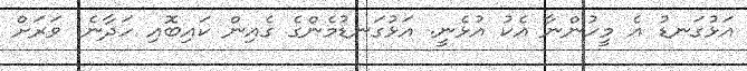
އަޅުގަނޑު އެ މީހުންނާ އެކު އުޅެނީ. އަޅުގަނޑުމެންގެ ގެއިން ކައިބޮއި ހަދާނެ. ވަރަށް